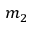
m _ { 2 }